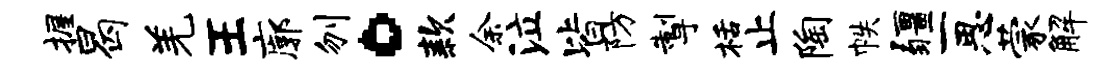
握曷羌王廓刎。款余泣皆防掣栝止陶帙疆一思蒙解